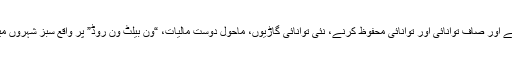
اندرون و بیرون ملک سے سرکردہ ماہرین، دانشور اور معروف ادارے ایک مرتبہ پھر جمع ہوں گے اور صاف توانائی اور توانائی محفوظ کرنے، نئی توانائی گاڑیوں، ماحول دوست مالیات، “ون بیلٹ ون روڈ” پر واقع سبز شہروں میں تعاون، دیہی تجدید حیات اور جدت طراز ترقی جیسے اہم موضوعات پر تبادلۂ خیال کریں گے۔